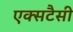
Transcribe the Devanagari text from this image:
एक्सटैसी